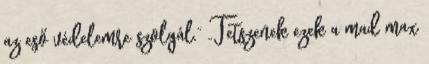
az eső védelemre szolgál.” „Tetszenek ezek a mad max